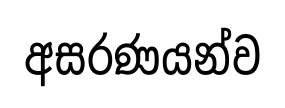
අසරණයන්ව